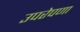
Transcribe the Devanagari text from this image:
उपरेपणा